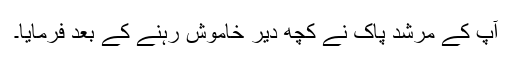
آپ کے مرشد پاک نے کچھ دیر خاموش رہنے کے بعد فرمایا۔